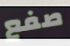
صفع